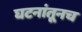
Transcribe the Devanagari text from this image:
घटनांतूनच